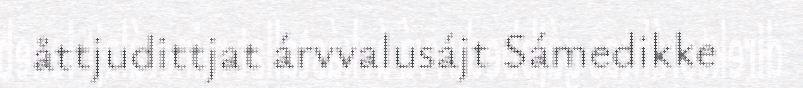
åttjudittjat árvvalusájt Sámedikke